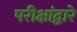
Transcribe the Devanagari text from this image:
परीक्षांद्वारे